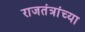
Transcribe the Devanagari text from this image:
राजतंत्रांच्या